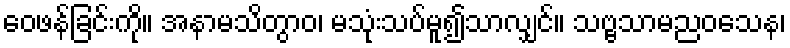
ဝေဖန်ခြင်းကို။ အနာမသိတွာဝ၊ မသုံးသပ်မူ၍သာလျှင်။ သဗ္ဗသာမညဝသေန၊